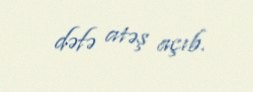
dəfə atəş açıb.